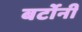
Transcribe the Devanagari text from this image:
बर्टोनी